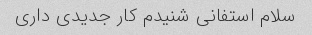
سلام استفانی شنیدم کار جدیدی داری